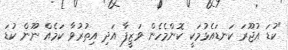
"ކުޑަ އުޖޫރަ ކަނޑައެޅުމަކީ ކޮންމެހެން ވަޒީފާ އަދި އިތުރުވާ ކަމެއް ނޫން ކުޑަ